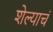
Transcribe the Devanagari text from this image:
शेल्याचं